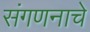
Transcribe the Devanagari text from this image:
संगणनाचे